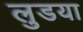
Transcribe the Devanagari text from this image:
लुडया